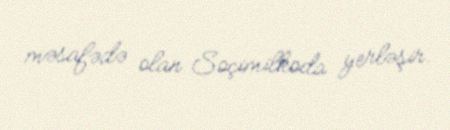
məsafədə olan Soçimilkoda yerləşir.